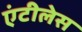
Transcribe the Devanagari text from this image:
एंटीलेस